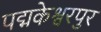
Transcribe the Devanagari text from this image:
पद्मकेश्वरपुर